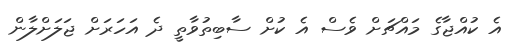
އެ ކުއްޖާގެ މައްޗަށް ވެސް އެ ކުށް ސާބިތުވާތީ ދެ އަހަރަށް ޖަލަށްލާން